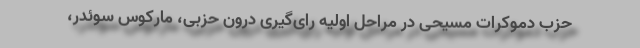
حزب دموکرات مسیحی در مراحل اولیه رای‌گیری درون حزبی، مارکوس سوئدر،